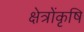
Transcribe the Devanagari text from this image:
क्षेत्रोंकृषि